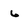
Character: 6